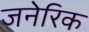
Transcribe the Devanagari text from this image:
जनेरिक